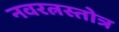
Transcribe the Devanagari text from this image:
नवरत्नस्तोत्र